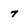
Character: 7